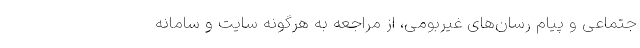
جتماعی و پیام رسان‌های غیربومی، از مراجعه به هرگونه سایت و سامانه